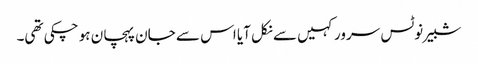
شبیر نوٹس سرور کہیں سے نکل آیا اس سے جان پہچان ہو چکی تھی۔